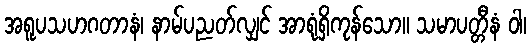
အရူပသဟဂတာနံ၊ နာမ်ပညတ်လျှင် အာရုံရှိကုန်သော။ သမာပတ္တီနံ ဝါ၊